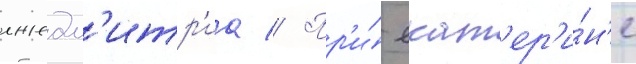
лжедм'итр'иа // Пр'и́ екат'ер'и́н'е